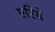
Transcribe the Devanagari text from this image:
एरिये